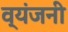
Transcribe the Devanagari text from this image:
व्यंजनी